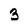
Character: 3